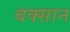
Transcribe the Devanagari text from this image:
बक्सान